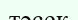
тәсек